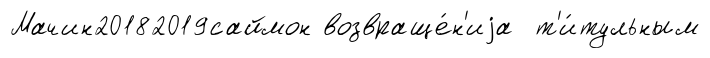
Мачин20182019саймон возвраще́н'иjа т'и́тульным